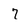
Character: 7